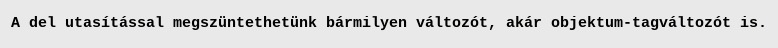
A del utasítással megszüntethetünk bármilyen változót, akár objektum-tagváltozót is.